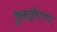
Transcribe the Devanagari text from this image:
क़ुइड्डीतच